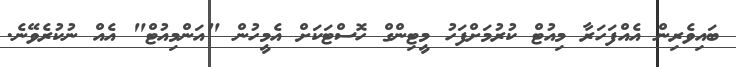
ބައިވެރިން އެއްފަހަރާ މިއުޓް ކުރުމަށްފަހު މީޓިންގް ހޮސްޓަކަށް އެމީހުން "އަންމިއުޓް" އެއް ނުކުރެވޭނެ.